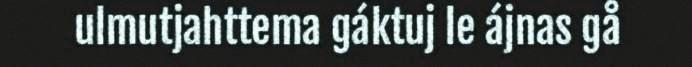
ulmutjahttema gáktuj le ájnas gå